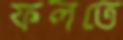
ফলতে